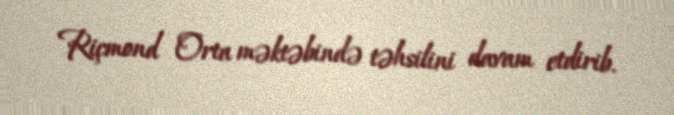
Riçmond Orta məktəbində təhsilini davam etdirib.